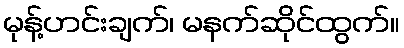
မုန့်ဟင်းချက်၊ မနက်ဆိုင်ထွက်။